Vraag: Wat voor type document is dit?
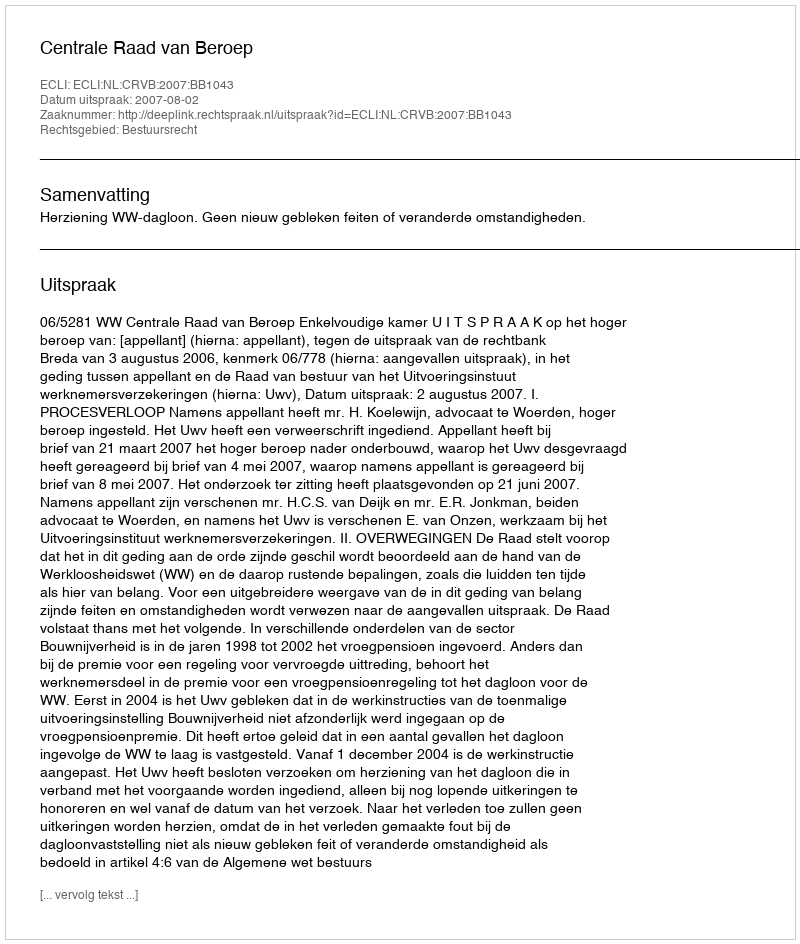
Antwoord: Uitspraak